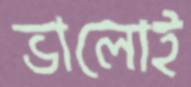
ভালোই